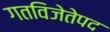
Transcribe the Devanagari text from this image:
गतविजेतेपद